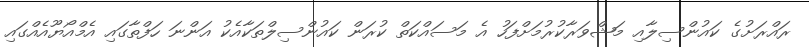
ރައްރަށުގެ ކައުންސިލާއި މަޝްވަރާކުރުމަށްފަހު އެ މަސައްކަތް ކުރަން ކައުންސިލްތަކާއެކު އަންނަ ހަފްތާގައި އެމްއޯޔޫއެއްގައި